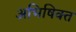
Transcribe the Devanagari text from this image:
अभिषिक्‍त